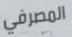
المصرفي